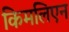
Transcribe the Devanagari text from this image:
किमलिएन